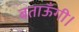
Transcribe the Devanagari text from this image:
बताऊँगी।